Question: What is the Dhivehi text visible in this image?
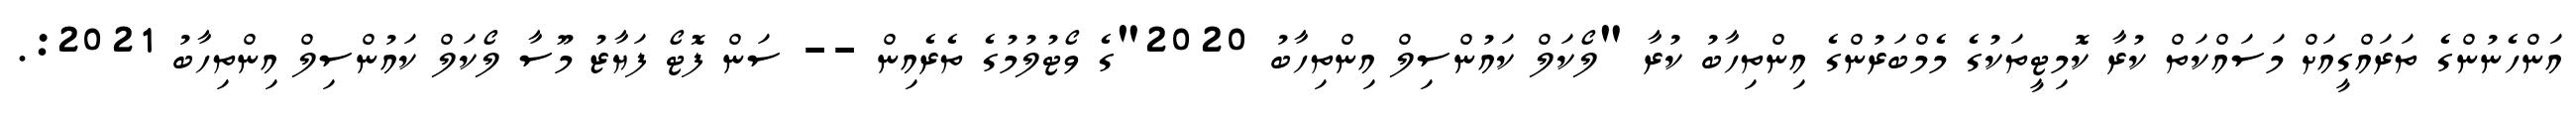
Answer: އަންހެނުންގެ ތަރައްގީއަށް މަސައްކަތް ކުރާ ކޮމިޓީތަކުގެ މެމްބަރުންގެ އިންތިހާބު ކުރާ "ލޯކަލް ކައުންސިލް އިންތިހާބު 2020"ގެ ވޯޓުލުމުގެ ތެރެއިން -- ސަން ފޮޓޯ ފަޔާޒު މޫސާ ލޯކަލް ކައުންސިލް އިންތިހާބު 2021:.